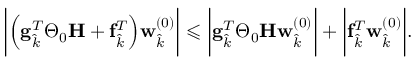
\biggl | \Bigl ( \mathbf { g } _ { \hat { k } } ^ { T } \boldsymbol { \Theta } _ { 0 } \mathbf { H } + \mathbf { f } _ { \hat { k } } ^ { T } \Bigr ) \mathbf { w } _ { \hat { k } } ^ { ( 0 ) } \biggr | \leqslant \biggl | \mathbf { g } _ { \hat { k } } ^ { T } \boldsymbol { \Theta } _ { 0 } \mathbf { H } \mathbf { w } _ { \hat { k } } ^ { ( 0 ) } \biggr | + \biggl | \mathbf { f } _ { \hat { k } } ^ { T } \mathbf { w } _ { \hat { k } } ^ { ( 0 ) } \biggr | .